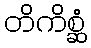
တိကိစ္ဆံ